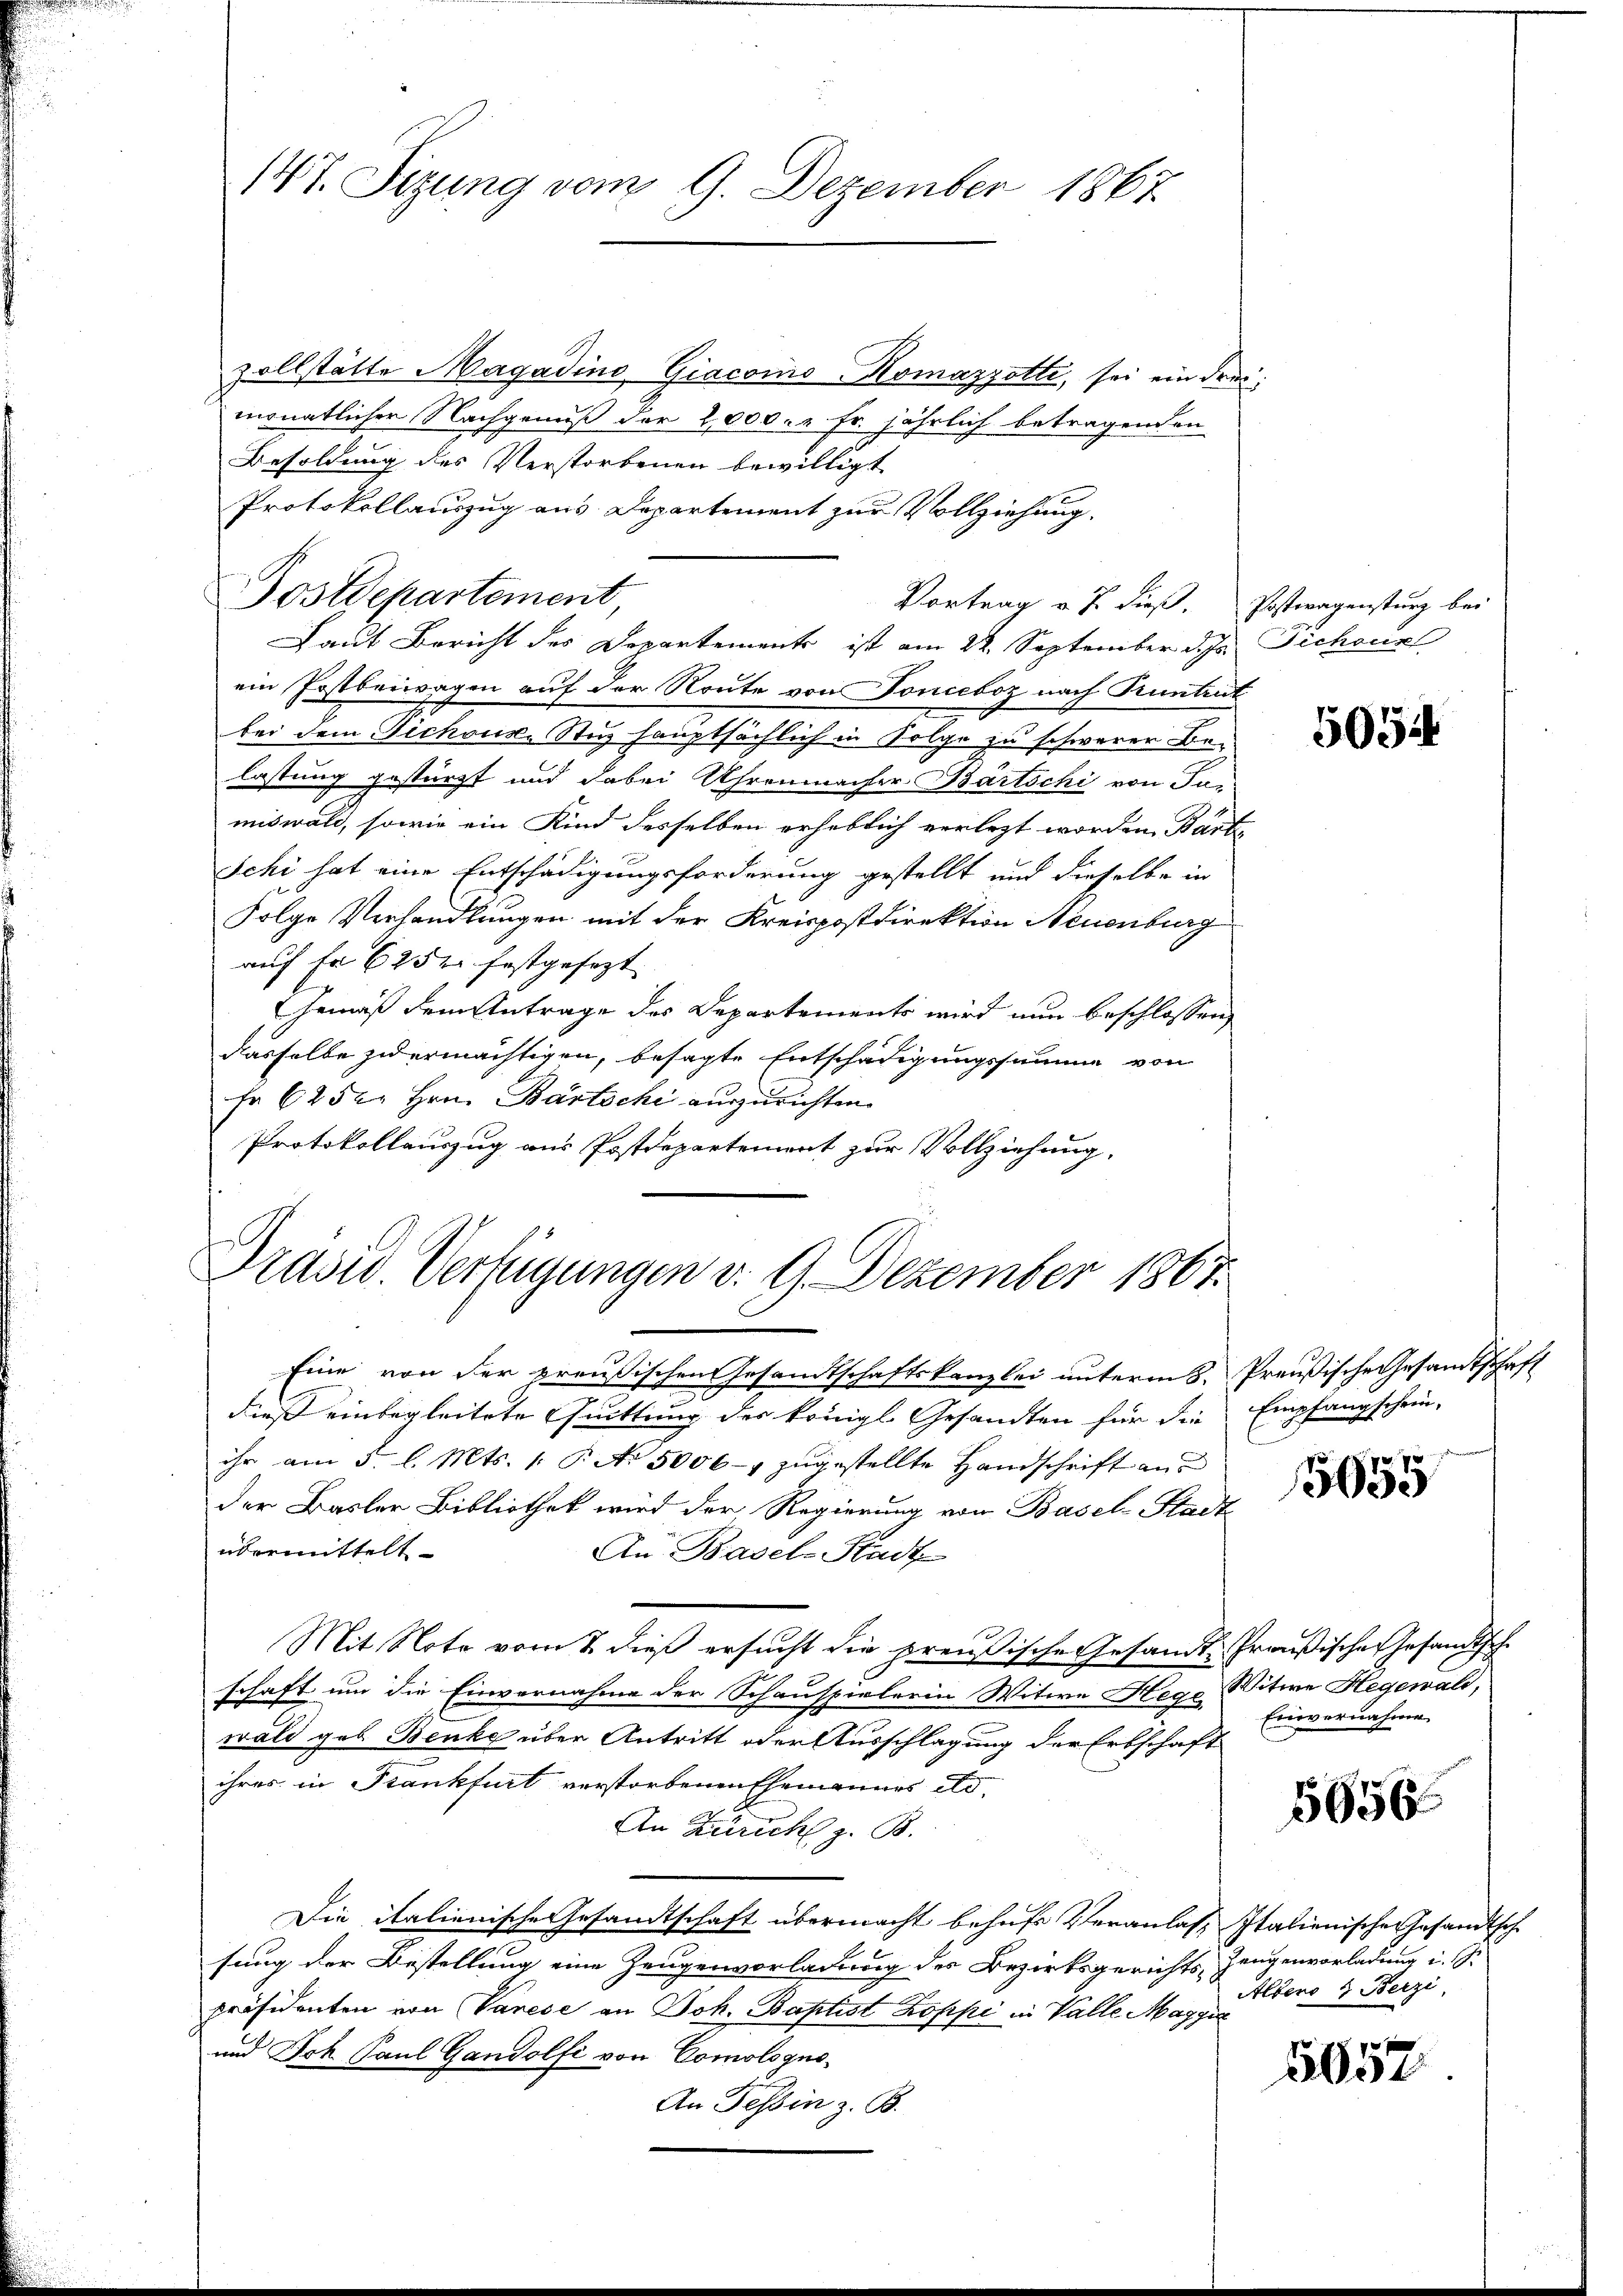
147. Sizung vom 9. Dezember 1867

zollstätte Magadino Giacoino-Komazzotti, sei ein drei
monatlicher Nachgenuß der 2,000.- Fr. jährlich betragenden
Besoldung des Verstorbenen bewilligt
Protokollauszug aus Departement zur Vollziehung.
Vortrag v. J. dieß. Postwagensturz bei
Laut Bericht des Departements ist am 22. September d. J. Sichour
ein Postbeiwegen auf der Route von Tonceboz nach Truntrut
bei dem Sichoux. Stuz hauptsächlich in Folge zu schwerer Belassung gestürzt und dabei Uhrenmacher Bartschi von Far-
miswald, sowie ein Kind desselben erheblich verlezt worden Parte
Ichi hat eine Entschädigungsforderung gestellt und dieselbe in
Folge Verhandlungen mit der Kreispostdirektion Neuenburg
auf fr 625 festgesezt
Gemäß dem Antrage des Departements wird nun beschlossen,
dasselbe zu ermächtigen, besagte Entschädigungssumme von
fr 6252. Hrn. Bartschi auszurichten.
Protokollauszug aus Postdepartement zur Vollziehung.

Postdepartement,

Präsid. Verfügungen d. 9. Dezember 1867.

Eine von der preußischen Gesandtschaftskanzlei unterm 8. Preußische Gesandtschaft
dieß einbegleitete Quittung des königl. Gesandten für die Empfangschein-
ihr am 5. l. Mts. v. P. Nr. 5006-7 zugestellte Handschrift an d
der Basler Bibliothek wird der Regierung von Basel-Stadtübermittelt
Au. Basel-Stadt
Mit Note vom 2. dieß ersucht die preußische Gesandt-Preußischen Gesandtsche
schaft um die Einvernahme der Schauspielerin Witwe Hege Witwe Hegewald,
wald geb. Benke über Antritt oder Ausschlagung der Erbschaft
ihres in Frankfurt verstorbenen Ehemannes etc.
An Zürich z. B.
Die italienische Gesandtschaft übermacht behufs Veranlas- Italienische Gesandtsche
sung der Bestellung eine Zeugenvorladung der Bezirksgerichts-Zeugenvorladung i. S.
präsidenten von Varese an Joh. Baptist Koppi in Valle Maggia
und Joh Paul Gandolfi von Comologno-
An Tessin z. B.

5054

5655

Einvernahme

5656

Albers & Berzi

5057